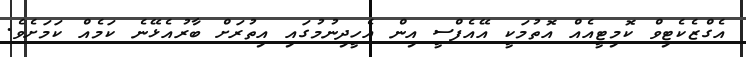
އެގްޒެކެޓިވް ކޮމިޓީއެއް އޮތުމަކީ އޭއެފްސީ އިން އެހީދިނުމުގައި އިތުރަށް ބާރުއެޅޭނެ ކަމެއް ކަމަށެވެ.